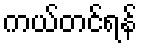
ကယ်တင်ရန်